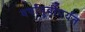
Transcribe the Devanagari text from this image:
वर्षांपुर्वीपर्यंत